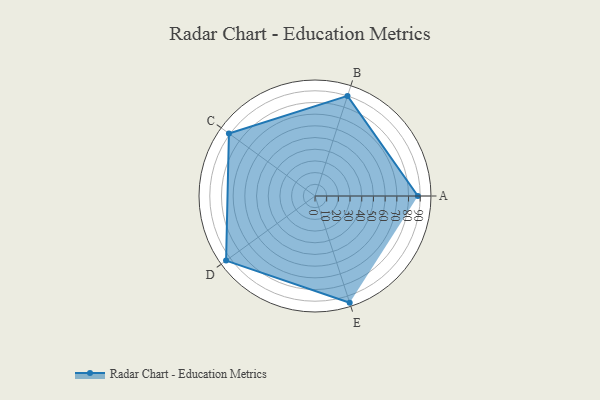
{"axis": {"x": "Skill", "y": "Score"}, "legend": ["Profile"], "data": [{"x": "A", "y": 88.0, "type": "Profile"}, {"x": "B", "y": 90.0, "type": "Profile"}, {"x": "C", "y": 91.0, "type": "Profile"}, {"x": "D", "y": 94.0, "type": "Profile"}, {"x": "E", "y": 96.0, "type": "Profile"}]}